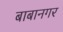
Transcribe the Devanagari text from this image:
बाबानगर